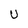
Character: U